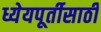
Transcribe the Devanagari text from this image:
ध्येयपूर्तीसाठी